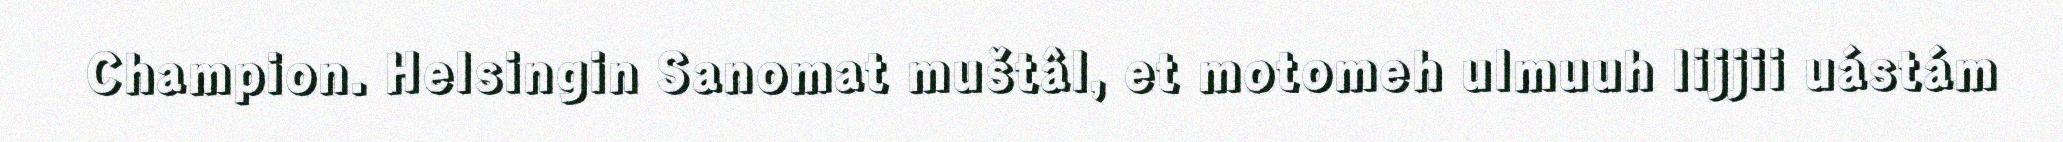
Champion. Helsingin Sanomat muštâl, et motomeh ulmuuh lijjii uástám